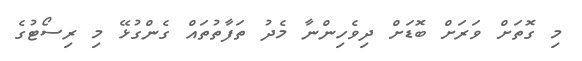
މި ގޮތަށް ވަރަށް ބޮޑަށް ދިވެހިންނާ މެދު ތަފާތުތައް ގެންގުޅޭ މި ރިސޯޓުގެ